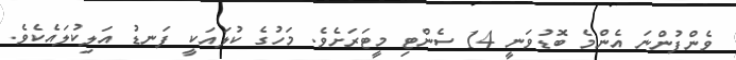
ވެންފުންނަ އެންމެ ބޮޑުވަނީ 14 ސެންޓި މީޓަރަށެވެ. މަހުގެ ކުލައަކީ ފަނޑު އަލިކުލައެކެވެ.